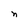
Character: n